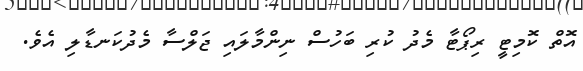
އޮތް ކޮމިޓީ ރިޕޯޓާ މެދު ކުރި ބަހުސް ނިންމާލައި ޖަލްސާ މެދުކަނޑާލި އެވެ.